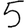
Digit: 5